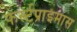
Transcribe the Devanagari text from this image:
फर्स्टप्राइमास